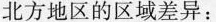
北方地区的区域差异：